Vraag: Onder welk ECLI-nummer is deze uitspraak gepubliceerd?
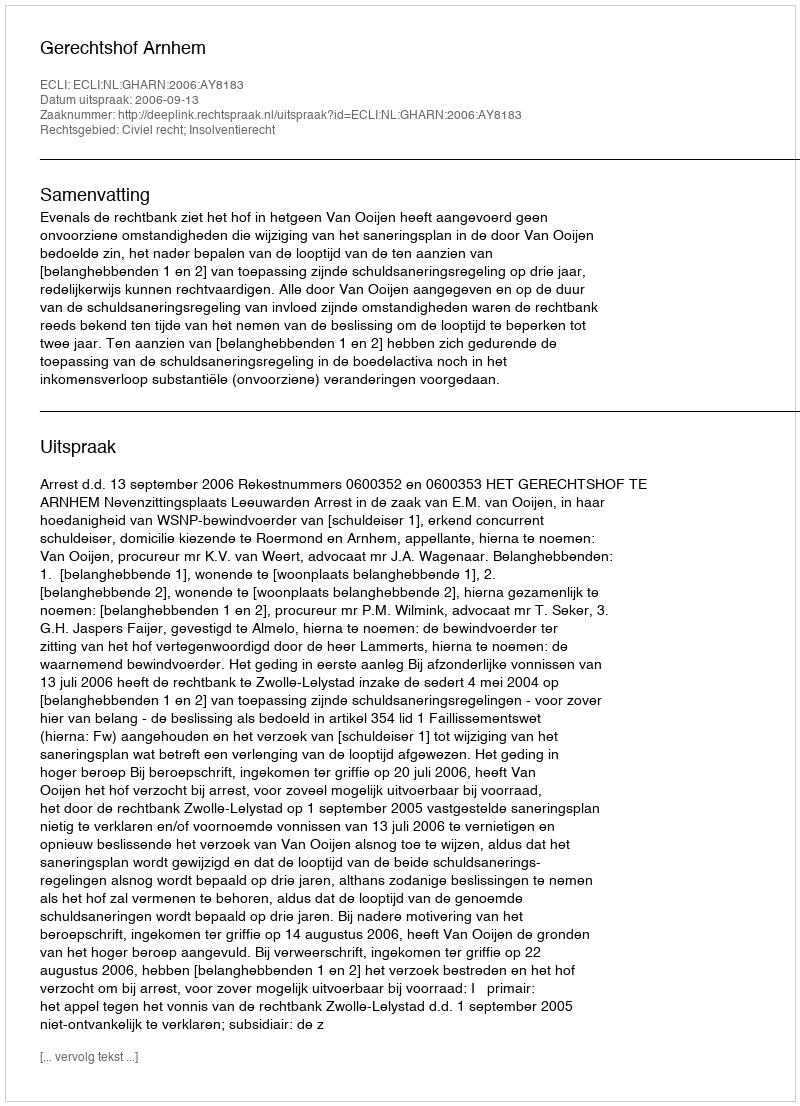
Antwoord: ECLI:NL:GHARN:2006:AY8183